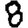
Digit: 8